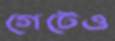
গেটেও